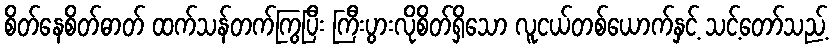
စိတ်နေစိတ်ဓာတ် ထက်သန်တက်ကြွပြီး ကြီးပွားလိုစိတ်ရှိသော လူငယ်တစ်ယောက်နှင့် သင့်တော်သည့်